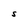
Character: S